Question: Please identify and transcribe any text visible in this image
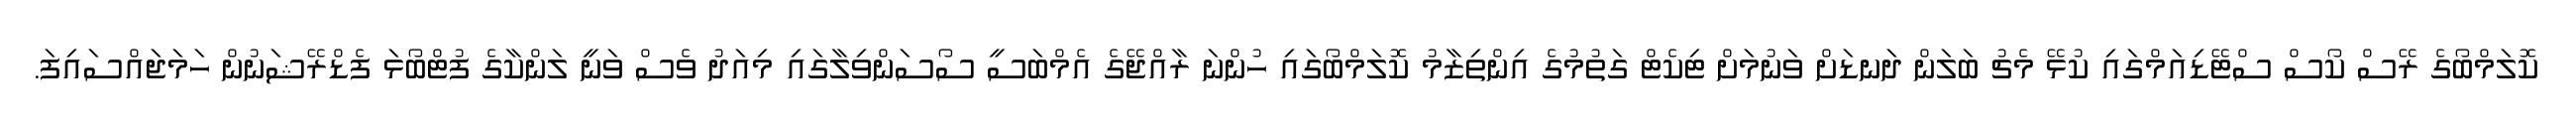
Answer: ކޮލަމްބޯގެ ރޭސް ކޯސް ސްޓޭޑިއަމްގައި ކުޅޭ މެޗު ބަލަން ދަނޑަށް ވަނުމަށް ޓިކެޓް ގަތުމުގެ އިންތިޒާމު ކޮލަމްބޯގައި ހުންނަ ރާއްޖޭގެ އެމްބަސީ ސޯސަންވިލާގައި މިއަދު ވެސް ވަނީ ލަންކާގެ ފުޓްބޯޅަ ފެޑްރޭޝަނުން ހަމަޖައްސައިފަ.